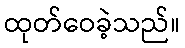
ထုတ်ဝေခဲ့သည်။